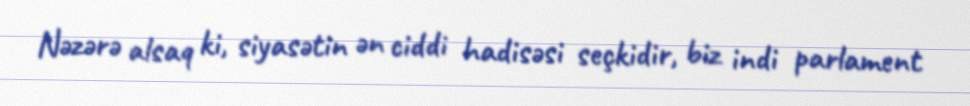
Nəzərə alsaq ki, siyasətin ən ciddi hadisəsi seçkidir, biz indi parlament